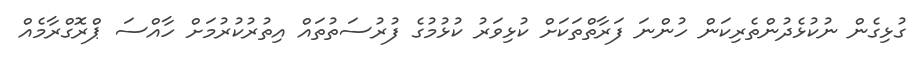
ގުޅިގެން ނުކުޅެދުންތެރިކަން ހުންނަ ފަރާތްތަކަށް ކުޅިވަރު ކުޅުމުގެ ފުރުސަތުތައް އިތުރުކުރުމަށް ހާއްސަ ޕްރޮގްރާމެއް